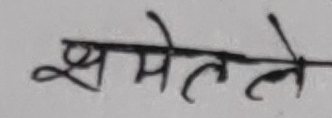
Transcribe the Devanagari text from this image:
सुमेतले